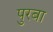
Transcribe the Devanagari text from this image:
पुरबा